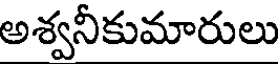
అశ్వనీకుమారులు